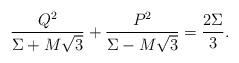
LaTeX: \begin{align*}{Q^2\over\Sigma+M\sqrt{3}} + {P^2\over\Sigma-M\sqrt{3}} = {2\Sigma\over 3}.\end{align*}